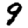
Digit: 9